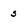
Character: 5